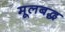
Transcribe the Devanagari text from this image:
मूलबद्ध